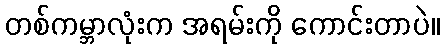
တစ်ကမ္ဘာလုံးက အရမ်းကို ကောင်းတာပဲ။